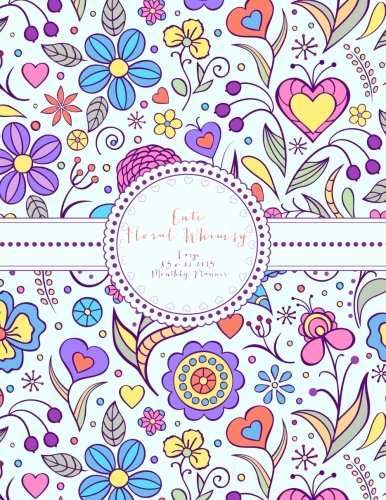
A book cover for Cute Floral Whimsy Large 8.5 x 11 2015 Monthly Planner (2015 Day Planners, Organizers, & Calendars) (Volume 5); Jot Spot Stationary; Business & Money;